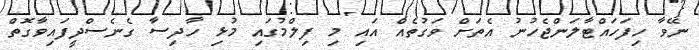
ނޭވާ ހިފަހައްޓާލަންޖެހުނު އެތަށް ވަގުތެއް އައި މި ފިލްމުގައި މުޅި ހާދިސާ ގެނެސްދީފައިވާގޮތް